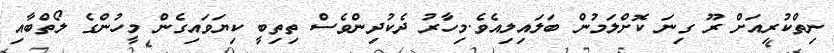
ނިތްކުރިއަށް ރޫ ގިނަ ކޮށްލަމުން ބަލައިލިއެވެ.މިހާރު ދެކުދިންވެސް ތިތިބީ ކިޔަވައިގެން މީހުންގެ ލޯތްބާއި